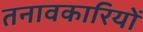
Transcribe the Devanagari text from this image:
तनावकारियों